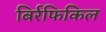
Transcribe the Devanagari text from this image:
बिर्रफिकिल